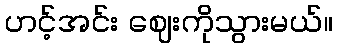
ဟင့်အင်း ဈေးကိုသွားမယ်။